Report of the Municipal Commissioner on the plague in Bombay for the year ending 31st May... - Volume 2
Disease focus: Plague
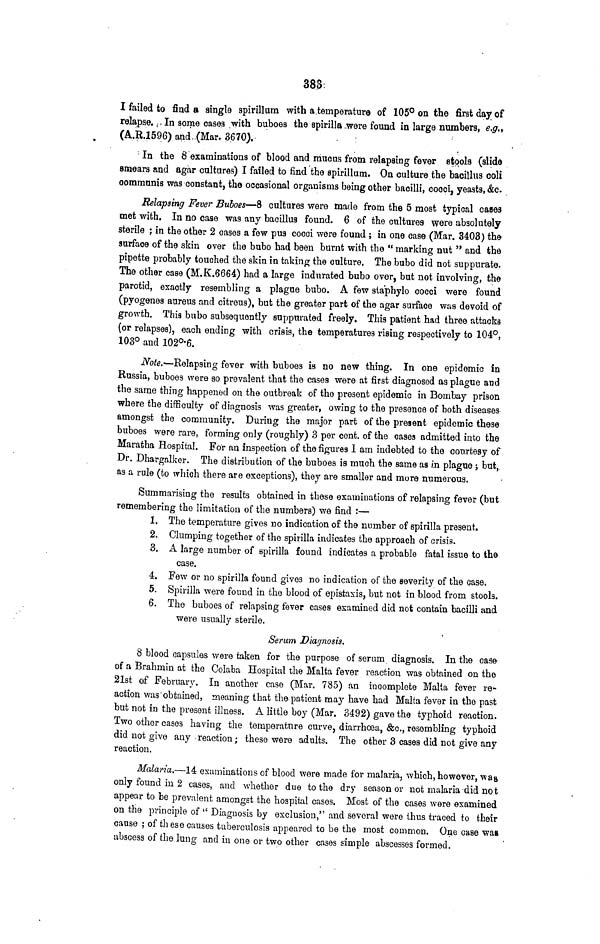
383
I failed to find a single spirillum with a temperature of 105° on the first day of
relapse. In some cases with buboes the spirilla were found in large numbers, e.g.,
(A.R.1596) and (Mar. 3670).
In the 8 examinations of blood and mucus from relapsing fever stools (slide
smears and agar cultures) I failed to find the spirillum. On culture the bacillus coli
communis was constant, the occasional organisms being other bacilli, cocci, yeasts, &c.
Relapsing Fever Buboes—8 cultures were made from the 5 most typical cases
met with. In no case was any bacillus found. 6 of the cultures were absolutely
sterile ; in the other 2 cases a few pus cocci were found ; in one case (Mar. 3403) the
surface of the skin over the bubo had been burnt with the "marking nut " and the
pipette probably touched the skin in taking the culture. The bubo did not suppurate.
The other case (M.K.6664) had a large indurated bubo over, but not involving, the
parotid, exactly resembling a plague bubo. A few staphylo cocci were found
(pyogenes aureus and citreus), but the greater part of the agar surface was devoid of
growth. This bubo subsequently suppurated freely. This patient had three attacks
(or relapses), each ending with crisis, the temperatures rising respectively to 104°,
103° and 102°.6.
Note.-—Relapsing fever with buboes is no new thing. In one epidemic in
Russia, buboes were so prevalent that the cases were at first diagnosed as plague and
the same thing happened on the outbreak of the present epidemic in Bombay prison
where the difficulty of diagnosis was greater, owing to the presence of both diseases
amongst the community. During the major part of the present epidemic these
buboes were rare, forming only (roughly) 3 per cent. of the cases admitted into the
Maratha Hospital. For an inspection of the figures I am indebted to the courtesy of
Dr. Dhargalker. The distribution of the buboes is much the same as in plague ; but,
as a rule (to which there are exceptions), they are smaller and more numerous.
Summarising the results obtained in these examinations of relapsing fever (but
remembering the limitation of the numbers) we find :—
1. The temperature gives no indication of the number of spirilla present.
2. Clumping together of the spirilla indicates the approach of crisis.
3. A large number of spirilla found indicates a probable fatal issue to the
case.
4. Few or no spirilla found gives no indication of the severity of the case.
5. Spirilla were found in the blood of epistaxis, but not in blood from stools.
6. The buboes of relapsing fever cases examined did not contain bacilli and
were usually sterile.
Serum Diagnosis.
8 blood capsules were taken for the purpose of serum diagnosis. In the case
of a Brahmin at the Colaba Hospital the Malta fever reaction was obtained on the
21st of February. In another case (Mar. 785) an incomplete Malta fever re-
action was obtained, meaning that the patient may have had Malta fever in the past
but not in the present illness. A little boy (Mar. 3492) gave the typhoid reaction.
Two other cases having the temperature curve, diarrhoea, &c., resembling typhoid
did not give any reaction; these were adults. The other 3 cases did not give any
reaction.
Malaria.—14 examinations of blood were made for malaria, which, however, was
only found in 2 cases, and whether due to the dry season or not malaria did not
appear to be prevalent amongst the hospital cases. Most of the cases were examined
on the principle of " Diagnosis by exclusion," and several were thus traced to their
cause ; of these causes tuberculosis appeared to be the most common. One case wag
abscess of the lung and in one or two other cases simple abscesses formed.